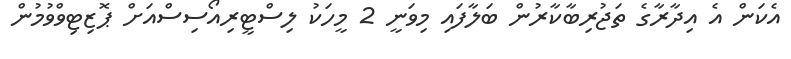
އެކަން އެ އިދާރާގެ ތަޖުރިބާކާރުން ބަލާފައި މިވަނީ 2 މީހަކު ލިސްޓީރިއޯސިސްއަށް ޕޮޒިޓިވްވުމުން